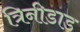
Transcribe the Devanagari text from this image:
त्रिनीडाड